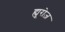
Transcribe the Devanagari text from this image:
ह्यूरोज़